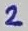
Text: 2